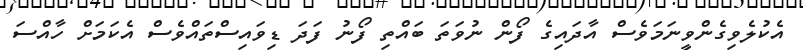
އެކުލެވިގެންވީނަމަވެސް އާދައިގެ ފޯން ނުވަތަ ބައްތި ފޯނު ފަދަ ޑިވައިސްތައްވެސް އެކަމަށް ހާއްސަ